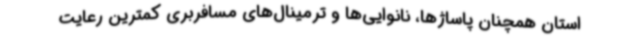
استان همچنان پاساژها، نانوایی‌ها و ترمینال‌های مسافربری کمترین رعایت